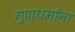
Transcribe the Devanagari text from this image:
गुणधर्मांना